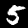
Label: 5